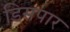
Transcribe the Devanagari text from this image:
डिसपार